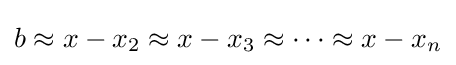
b\approx x-x_{2}\approx x-x_{3}\approx \cdots \approx x-x_{n}